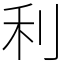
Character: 利